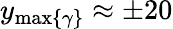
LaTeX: y_{\operatorname*{max}\{ \gamma\} }\approx\pm 20